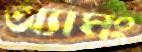
অ্যামং